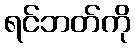
ရင်ဘတ်ကို